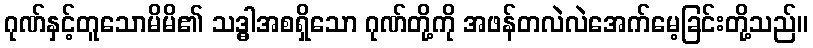
ဂုဏ်နှင့်တူသောမိမိ၏ သဒ္ဓါအစရှိသော ဂုဏ်တို့ကို အဖန်တလဲလဲအေက်မေ့ခြင်းတို့သည်။